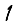
Digit: 1